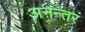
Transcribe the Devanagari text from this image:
अनन्तरं